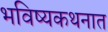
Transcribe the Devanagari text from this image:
भविष्यकथनात